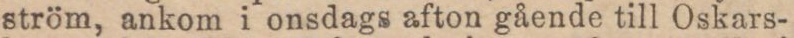
ström, ankom i onsdags afton gående till Oskars-